system: You are a helpful assistant.
user:
Analyze the provided spectrum to determine if it is a **S-type Star**.

- **Key Indicators for S-type Star:**

    - **(Overall Spectrum Shape):** The first and most obvious characteristic is the overall continuum (the "baseline" shape). It is **extremely "red-sloping,"** meaning the flux (light intensity) is very low on the left side (blue, ~4000-4500 Å) and rises steeply and continuously toward the right side (red, ~7000 Å+).

    - **(Primary):** The spectrum is defined by the presence of strong, broad molecular absorption "valleys" (bands) from **Zirconium Oxide (ZrO)**. The identification of these bands is the **primary requirement** for classifying a star as S-type.
        - **(Key Bandheads):** You must find distinct, deep "dips" where the light has been absorbed. The most critical band systems to locate are:
            - **~6474 Å** ($\gamma$-system): This is often the strongest and clearest ZrO feature, found in the red part of the spectrum.
            - **~5718 Å** & **~5551 Å** ($\beta$-system): A pair of prominent absorption features in the yellow-orange part of the spectrum.
            - **~4640 Å** ($\alpha$-system): A key absorption band system in the blue-green region of the spectrum.

    - **(Secondary Confirmation):** The classification is strengthened by finding additional absorption bands from other related heavy element oxides, which are expected to be present alongside ZrO.
        - **(Key Bandheads):**
            - **Yttrium Oxide (YO):** Look for absorption dips near **~4800 Å** and **~6100 Å**.
            - **Lanthanum Oxide (LaO):** Additional absorption features, particularly in the red-orange part of the spectrum, are also characteristic.

    - **(Line Profile):** The combination of the steep red continuum and these numerous, deep molecular bands (ZrO, YO, etc.) gives the entire spectrum a very **"chopped-up"** or **"bumpy"** appearance. Instead of a smooth curve, the spectrum looks as though large, wide chunks of light have been "carved out" of it at the specific wavelengths listed above.

Think first, call **spectral_visualization_tool** if needed to examine features in detail, then provide your final answer. Your response must adhere to the following strict rules:
1.  **Overall Structure:** Your response must follow the format `<think>...</think> <tool_call>...</tool_call> (if a tool is used) <answer>...</answer>`.
2.  **Tool Usage Constraint:** You may only make **one** tool call per turn.
3.  **Final Answer Format:** In the `<answer>` tag, your conclusion must be inside a `\boxed{}` command (e.g., `\boxed{YES}` or `\boxed{NO}`), followed by your justification.

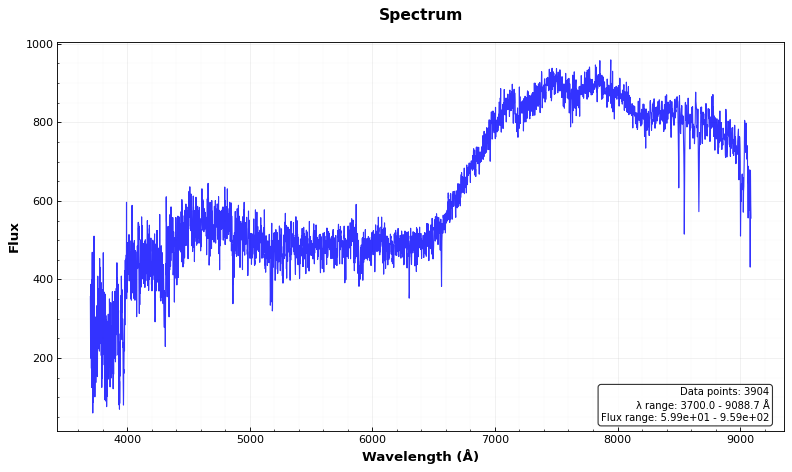
Answer: NO